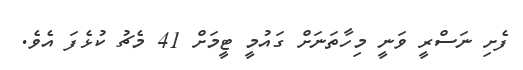
ފެށި ނަސްރީ ވަނީ މިހާތަނަށް ގައުމީ ޓީމަށް 41 މެޗު ކުޅެފަ އެވެ.